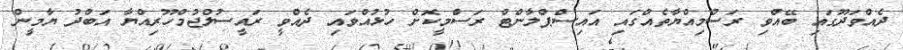
ދެއްވަދޫގައި ބޭއްވި ރަސްމިއްޔާތެއްގައި އައިސްޕްލާންޓް ރަސްމީކޮށް ހުޅުއްވައި ދެއްވީ ރައީސުލްޖުމްހޫރިއްޔާ އަބްދު ޔާމީން